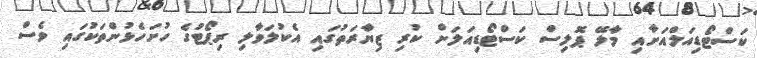
ކަސްޓޯޑިއަލްއަށާއި މާލޭ ޕޮލިސް ކަސްޓޯޑިއަލަށް ކުރި ޒިޔާރަތުގައި އެކުލަވާލި ރިޕޯޓުގެ ހުށަހެޅުންތަކުގައި ވެސް